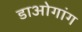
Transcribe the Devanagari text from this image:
डाओगांग